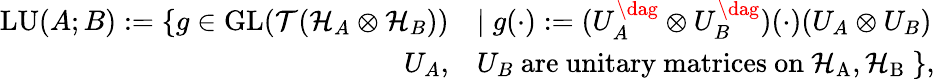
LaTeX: \begin{array}{r}{\begin{array}{rl}{\mathrm{LU}(A;B):=\{ g\in\mathrm{GL}(\mathcal{T}(\mathcal{H}_{A}\otimes\mathcal{H}_{B}))}&{\mid g(\cdot):=(U_{A}^{\dag}\otimes U_{B}^{\dag})(\cdot)(U_{A}\otimes U_{B})}\\ {U_{A},}&{U_{B}\ \mathrm{are~unitary~matrices~on~\mathcal{H}_A,\mathcal{H}_B~}\} ,}\end{array}}\end{array}